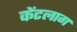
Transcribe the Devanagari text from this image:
केंटलाग